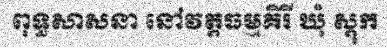
ពុទ្ធសាសនា នៅវត្តធម្មគិរី ឃុំ ស្តុក